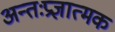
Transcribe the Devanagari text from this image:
अन्तःप्रज्ञात्मक